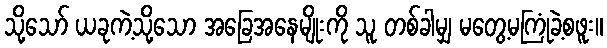
သို့သော် ယခုကဲ့သို့သော အခြေအနေမျိုးကို သူ တစ်ခါမျှ မတွေ့မကြုံခဲ့စဖူး။